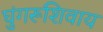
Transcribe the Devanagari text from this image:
घुंगरूंशिवाय